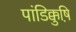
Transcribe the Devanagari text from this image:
पांडिक्कुष़ि